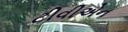
ટીવીએન